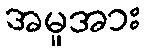
အမှုအား